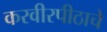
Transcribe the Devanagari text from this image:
करवीरपीठाचे